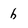
Character: h